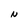
Character: N